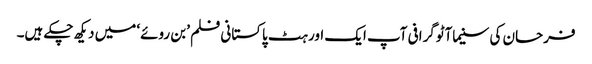
فرحان کی سنیماآٹوگرافی آپ ایک اور ہٹ پاکستانی فلم ’بن روئے‘ میں دیکھ چکے ہیں۔